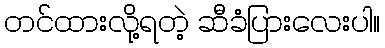
တင်ထားလို့ရတဲ့ ဆီခံပြားလေးပါ။